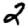
Digit: 2